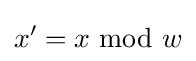
x'=x{\text{ mod }}w